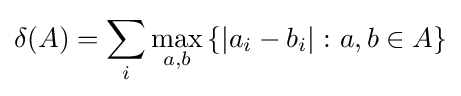
\delta (A)=\sum _{i}\max _{a,b}\left\{\left|a_{i}-b_{i}\right|\colon a,b\in A\right\}